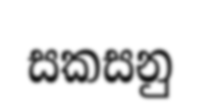
සකසනු